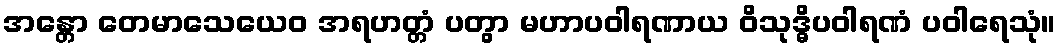
အန္တော တေမာသေယေဝ အရဟတ္တံ ပတွာ မဟာပဝါရဏာယ ဝိသုဒ္ဓိပဝါရဏံ ပဝါရေသုံ။